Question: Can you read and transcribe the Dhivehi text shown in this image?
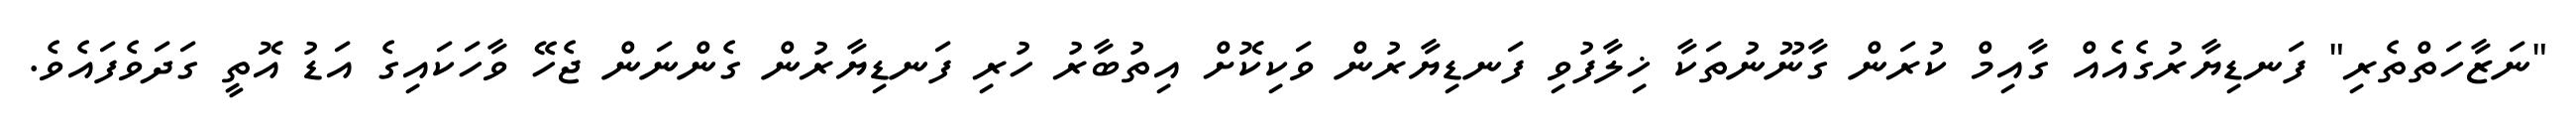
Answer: "ނަޒާހަތްތެރި" ފަނޑިޔާރުގެއެއް ގާއިމް ކުރަން ގާނޫނުތަކާ ޚިލާފުވި ފަނޑިޔާރުން ވަކިކޮށް އިތުބާރު ހުރި ފަނޑިޔާރުން ގެންނަން ޖެހޭ ވާހަކައިގެ އަޑު އޮތީ ގަދަވެފައެވެ.